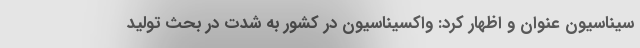
سیناسیون عنوان و اظهار کرد: واکسیناسیون در کشور به شدت در بحث تولید